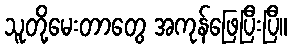
သူတို့မေးတာတွေ အကုန်ဖြေပြီးပြီ။